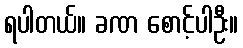
ရပါတယ်။ ခဏ စောင့်ပါဦး။